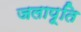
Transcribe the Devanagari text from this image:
जलापूति